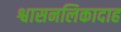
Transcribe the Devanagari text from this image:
श्वासनलिकादाह